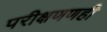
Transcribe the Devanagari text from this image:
परीक्षणणही